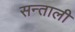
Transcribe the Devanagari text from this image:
सन्ताली